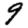
Digit: 9